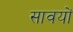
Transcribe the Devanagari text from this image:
सावयों